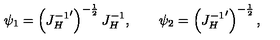
\psi _ { 1 } = \left( { J _ { H } ^ { - 1 } } ^ { \prime } \right) ^ { - { \frac { 1 } { 2 } } } J _ { H } ^ { - 1 } , \qquad \psi _ { 2 } = \left( { J _ { H } ^ { - 1 } } ^ { \prime } \right) ^ { - { \frac { 1 } { 2 } } } ,